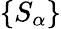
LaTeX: \{ S_{\alpha}\}